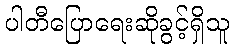
ပါတီပြောရေးဆိုခွင့်ရှိသူ